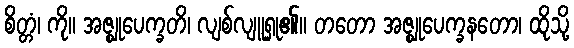
စိတ္တံ၊ ကို။ အဇ္ဈုပေက္ခတိ၊ လျစ်လျူရှု၏။ တတော အဇ္ဈုပေက္ခနတော၊ ထိုသို့